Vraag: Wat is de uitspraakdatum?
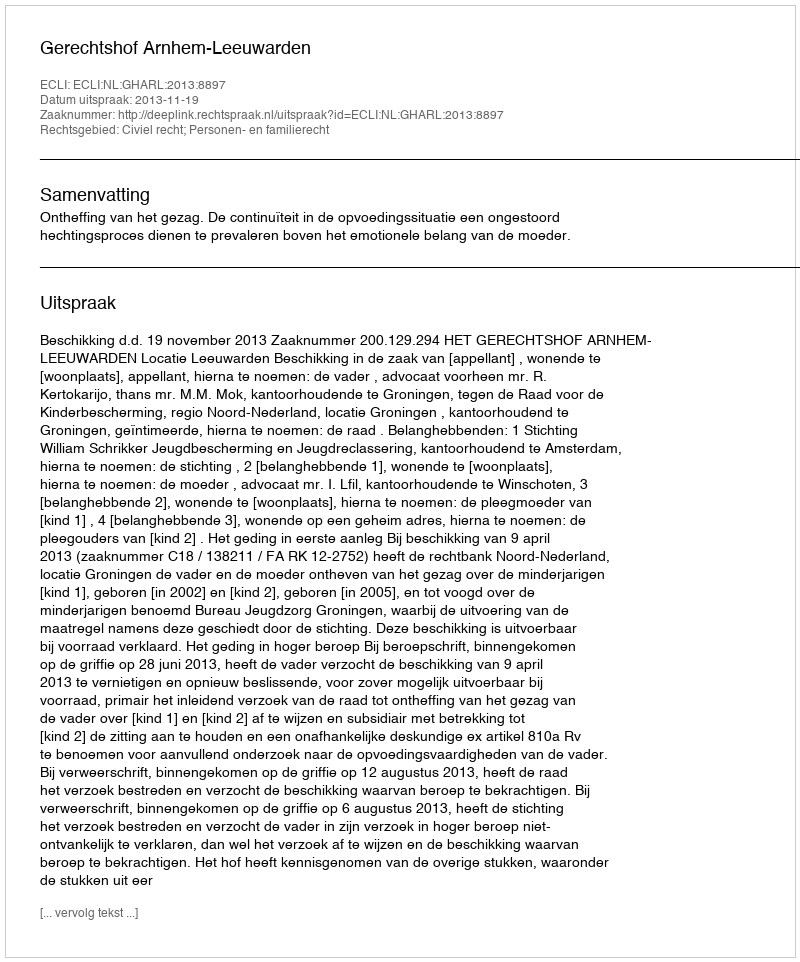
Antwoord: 2013-11-19